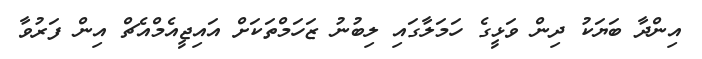
އިންދާ ބަޔަކު ދިން ވަޅީގެ ހަމަލާގައި ލިބުނު ޒަހަމްތަކަށް އައިޖީއެމްއެޗް އިން ފަރުވާ